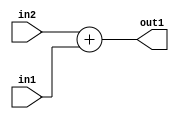
`timescale 1ps / 1ps
/*****************************************************************************
    Verilog RTL Description
    
    
    Created by: Stratus DpOpt 2019.1.01 
*******************************************************************************/

module SobelFilter_Add_20Sx16U_20S_1 (
	in2,
	in1,
	out1
	); /* architecture "behavioural" */ 
input [19:0] in2;
input [15:0] in1;
output [19:0] out1;
wire [19:0] asc001;

assign asc001 = 
	+(in2)
	+(in1);

assign out1 = asc001;
endmodule

/* CADENCE  ubH2Qgw= : u9/ySgnWtBlWxVPRXgAZ4Og= ** DO NOT EDIT THIS LINE ******/